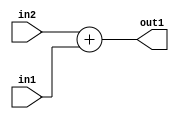
`timescale 1ps / 1ps
/*****************************************************************************
    Verilog RTL Description
    
    
    Created by: Stratus DpOpt 2019.1.01 
*******************************************************************************/

module SobelFilter_Add_20Sx16U_20S_1 (
	in2,
	in1,
	out1
	); /* architecture "behavioural" */ 
input [19:0] in2;
input [15:0] in1;
output [19:0] out1;
wire [19:0] asc001;

assign asc001 = 
	+(in2)
	+(in1);

assign out1 = asc001;
endmodule

/* CADENCE  ubH2Qgw= : u9/ySgnWtBlWxVPRXgAZ4Og= ** DO NOT EDIT THIS LINE ******/